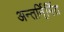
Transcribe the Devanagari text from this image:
अन्तर्नि्र्मित